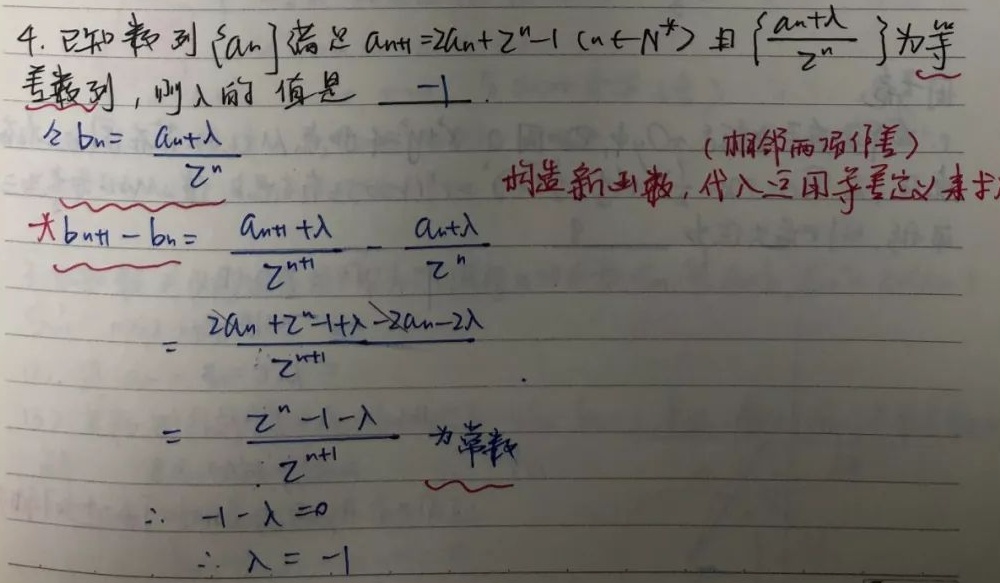
已知数列\(\{ a_{n}\}\)满足\(a_{n + 1} = 2a_{n} + 2^{n}-1(n\in N^{*})\)且\(\left\{\frac{a_{n}+\lambda}{2^{n}}\right\}\)为等差数列，则\(\lambda\)的值是\(-1\)。

令\(b_{n}= \frac{a_{n}+\lambda}{2^{n}}\)（相邻两项作差）构造新函数，代入运用等差定义来求

\(b_{n + 1}-b_{n}=\frac{a_{n + 1}+\lambda}{2^{n + 1}}-\frac{a_{n}+\lambda}{2^{n}}\)
\(=\frac{2a_{n}+2^{n}-1+\lambda - 2a_{n}-2\lambda}{2^{n + 1}}\)
\(=\frac{2^{n}-1-\lambda}{2^{n + 1}}\)

因为该式为常数，所以\(-1-\lambda = 0\)，即\(\lambda = -1\)。